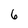
Character: 6